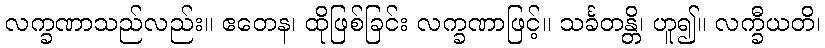
လက္ခဏာသည်လည်း။ ဧတေန၊ ထိုဖြစ်ခြင်း လက္ခဏာဖြင့်။ သင်္ခတန္တိ၊ ဟူ၍။ လက္ခီယတိ၊